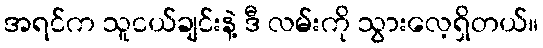
အရင်က သူငယ်ချင်းနဲ့ ဒီ လမ်းကို သွားလေ့ရှိတယ်။